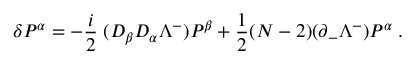
\delta P ^ { \alpha } = - { \frac { i } { 2 } } \; ( D _ { \beta } D _ { \alpha } \Lambda ^ { - } ) P ^ { \beta } + { \frac { 1 } { 2 } } ( N - 2 ) ( \partial _ { - } \Lambda ^ { - } ) P ^ { \alpha } \; .